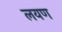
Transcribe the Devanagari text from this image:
लयण